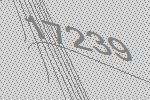
17239